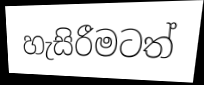
හැසිරීමටත්